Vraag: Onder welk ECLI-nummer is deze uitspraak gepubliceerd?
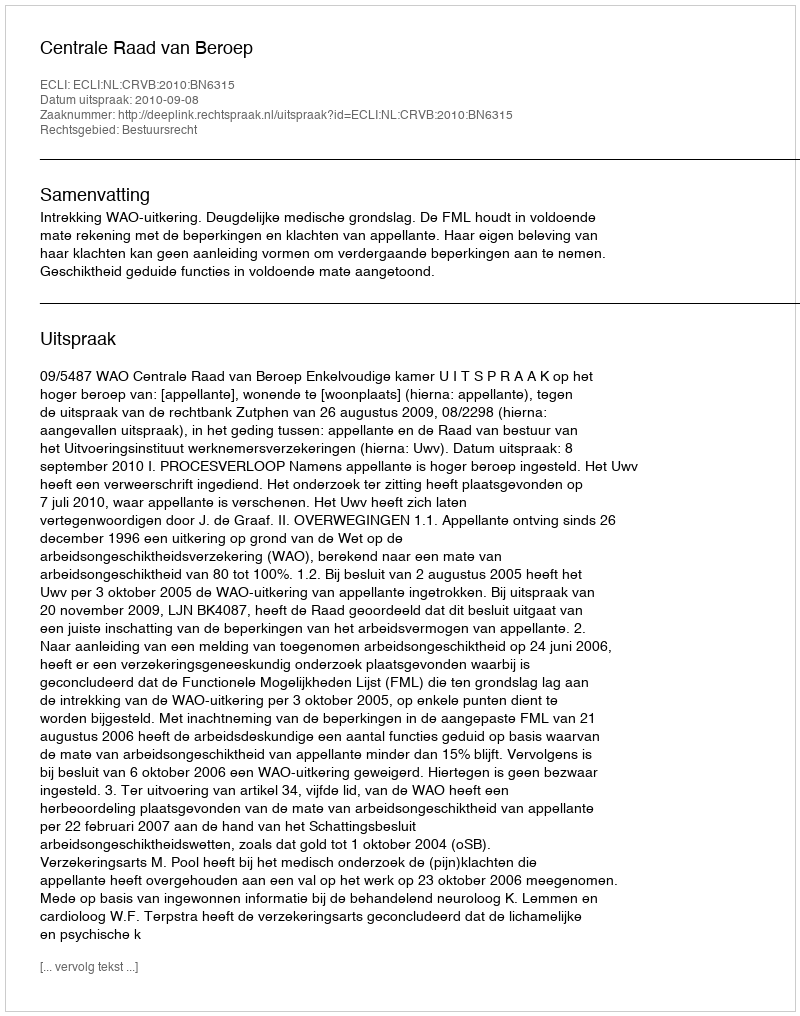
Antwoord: ECLI:NL:CRVB:2010:BN6315